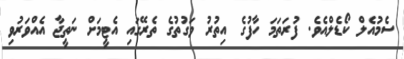
ސެމުއެލް ކޯޑެލްއެވެ. ފުރަތަމަ ހާފުގެ އިތުރު ވަގުތުގެ ތެރޭގައި އެޓީމަށް ނަތީޖާ އެއްވަރުވި